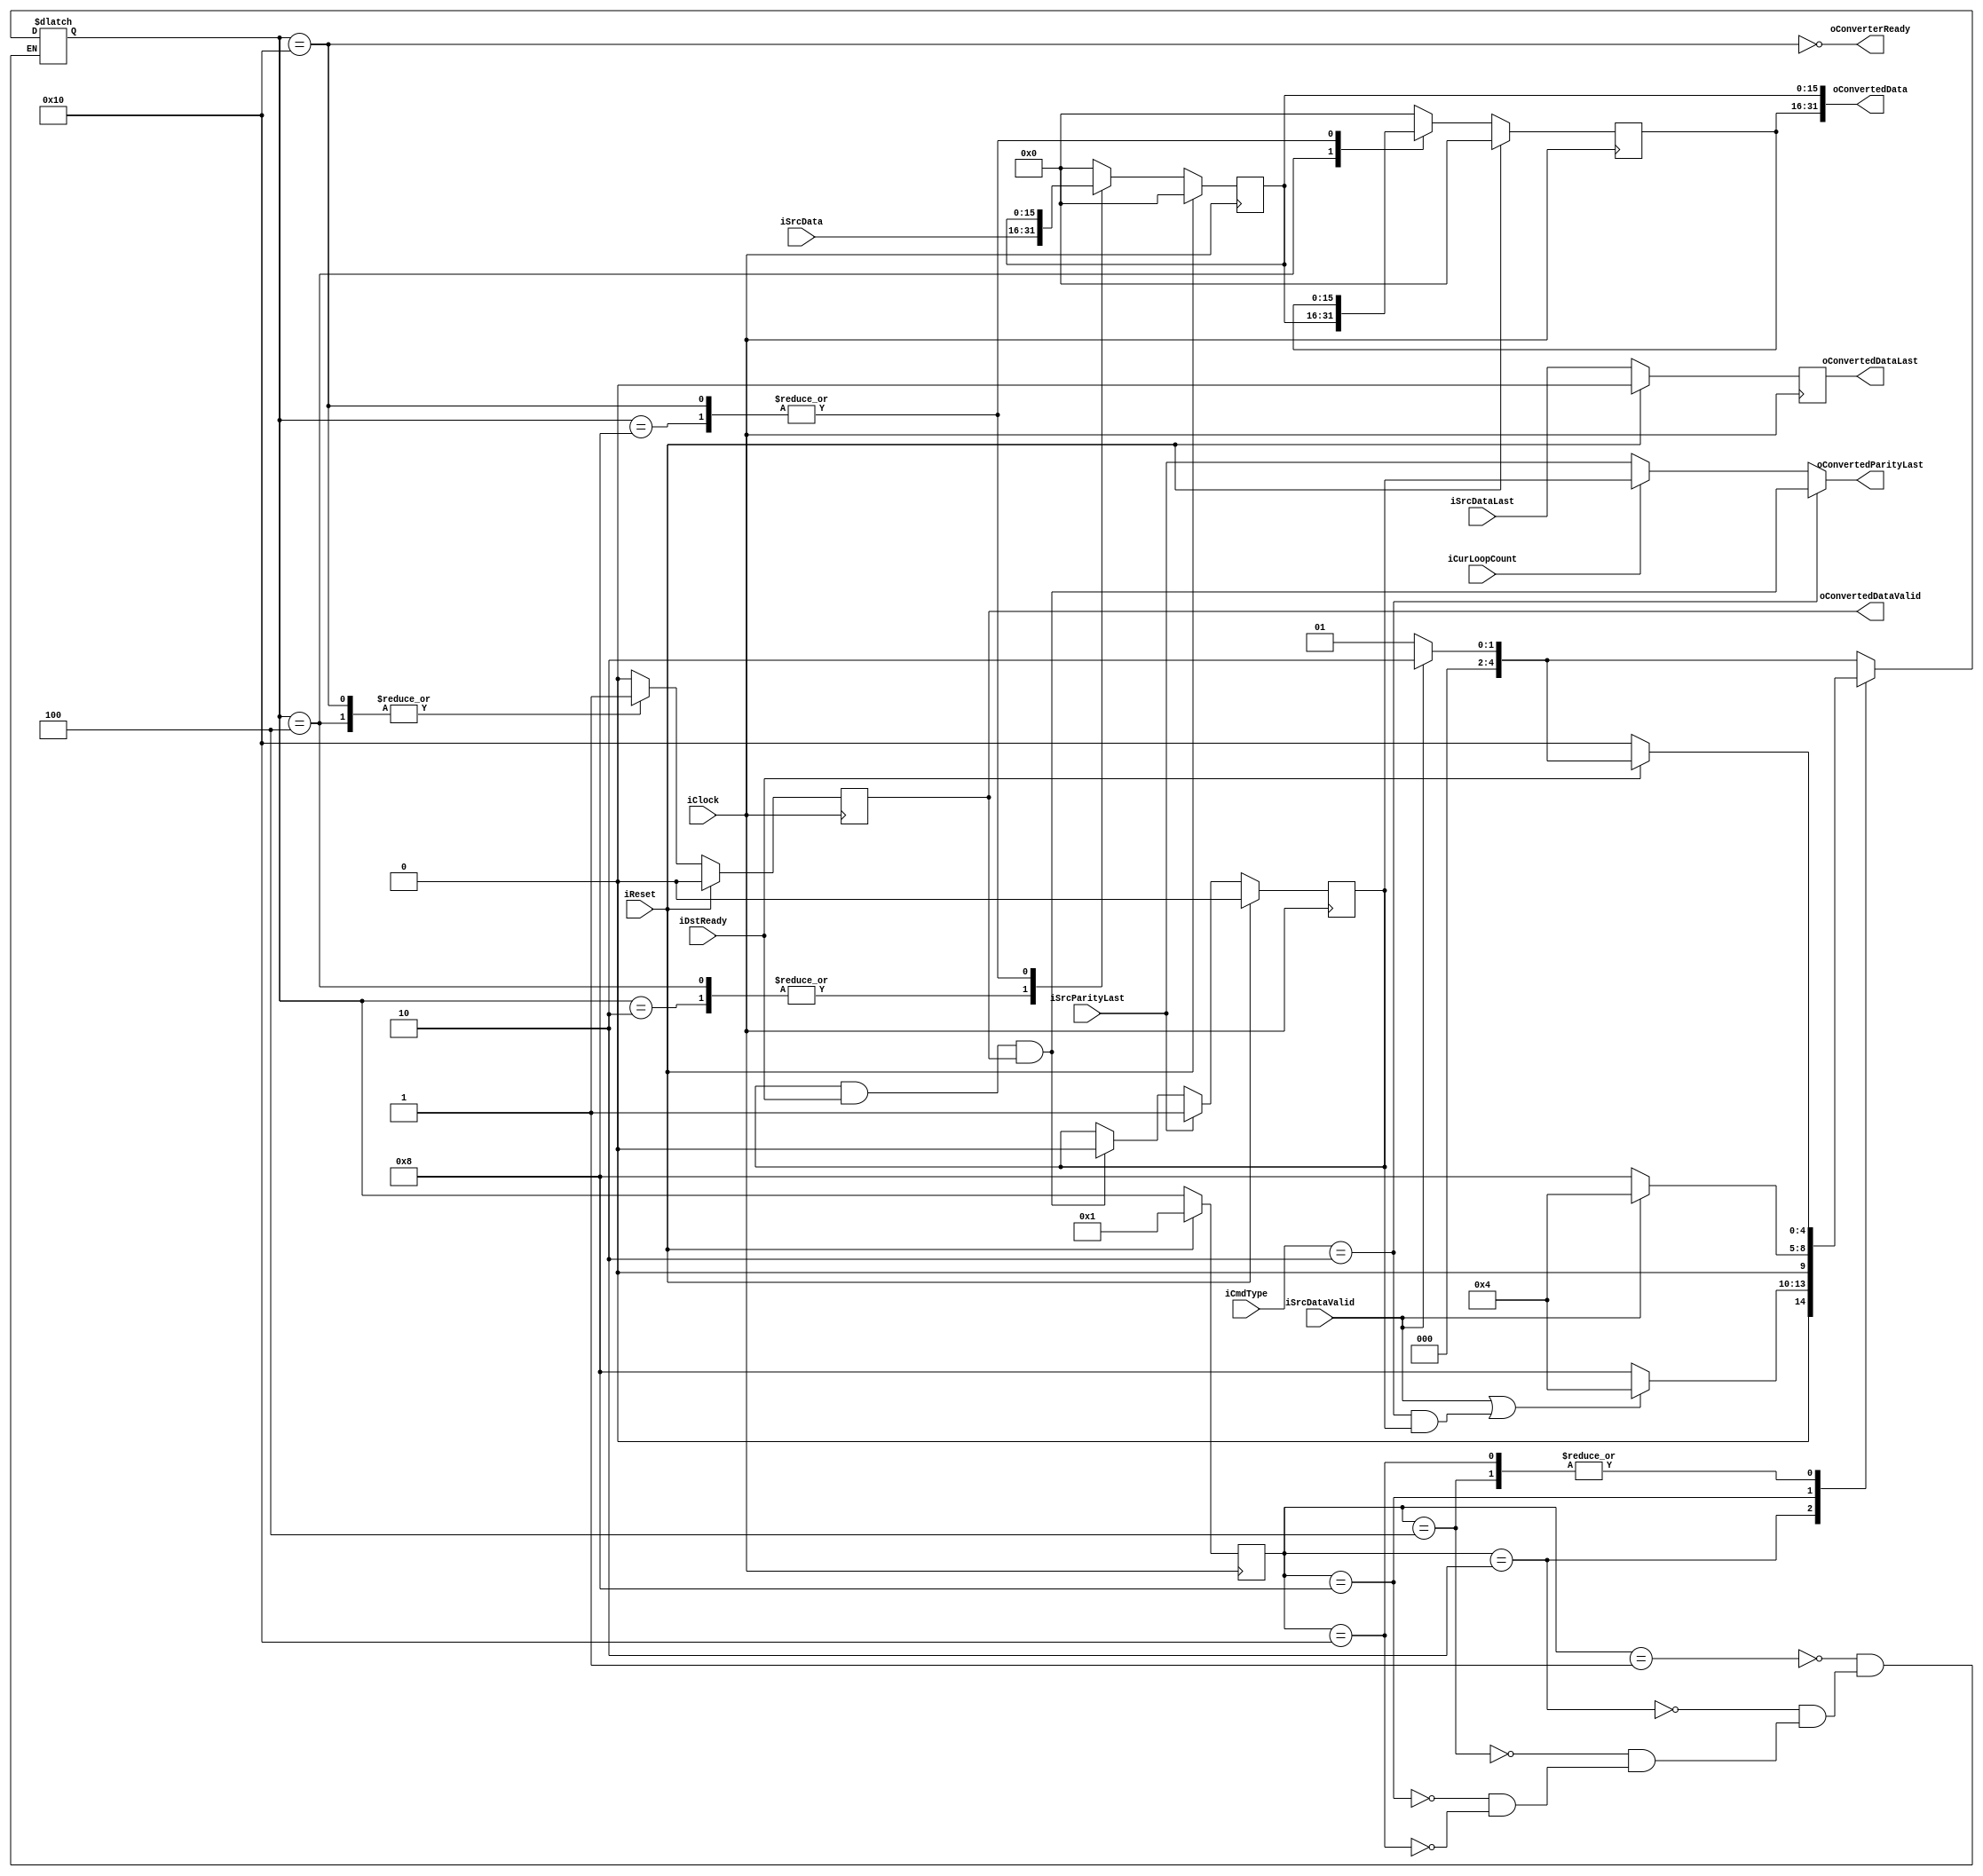
module EncWidthConverter16to32
#
(
    parameter   InputDataWidth  = 16,
    parameter   OutputDataWidth = 32
)
(
    iClock              ,
    iReset              ,
    iCurLoopCount       ,
    iCmdType            ,
    iSrcDataValid       ,
    iSrcDataLast        ,
    iSrcParityLast      ,
    iSrcData            ,
    oConverterReady     ,
    oConvertedDataValid ,
    oConvertedDataLast  ,
    oConvertedParityLast,
    oConvertedData      ,
    iDstReady       
);

    input                           iClock              ;
    input                           iReset              ;
    input                           iCurLoopCount       ;
    input   [1:0]                   iCmdType            ;
    input                           iSrcDataValid       ;
    input                           iSrcDataLast        ;
    input                           iSrcParityLast      ;
    input   [InputDataWidth - 1:0]  iSrcData            ;
    output                          oConverterReady     ;
    output                          oConvertedDataValid ;
    output                          oConvertedDataLast  ;
    output                          oConvertedParityLast;
    output  [OutputDataWidth - 1:0] oConvertedData      ;
    input                           iDstReady           ;
    
    reg     [InputDataWidth - 1:0]  rShiftRegister      ;
    reg     [InputDataWidth - 1:0]  rInputRegister      ;
    reg                             rConvertedDataValid ;
    reg                             rConvertedDataLast  ;
    reg                             rConvertedParityLast;
    
    localparam  State_Idle      = 5'b00001; 
    localparam  State_Input     = 5'b00010;
    localparam  State_Shift     = 5'b00100;
    localparam  State_InPause   = 5'b01000;
    localparam  State_OutPause  = 5'b10000;
    
    reg     [4:0]   rCurState;
    reg     [4:0]   rNextState;
    
    
    always @ (posedge iClock)
        if (iReset)
            rCurState <= State_Idle;
        else
            rCurState <= rNextState;
    
    always @ (*)
        case (rCurState)
        State_Idle:
            rNextState <= (iSrcDataValid) ? State_Input : State_Idle;
        State_Input:
            rNextState <= (iSrcDataValid) || ((iCmdType == 2'b10) && (rConvertedParityLast)) ? State_Shift : State_InPause;
        State_Shift:
            if (iDstReady)
            begin
                if (iSrcDataValid)
                    rNextState <= State_Input;
                else
                    rNextState <= State_Idle;
            end
            else
                rNextState <= State_OutPause;
        State_InPause:
            rNextState <= (iSrcDataValid) ? State_Shift : State_InPause;
        State_OutPause:
            if (iDstReady)
            begin
                if (iSrcDataValid)
                    rNextState <= State_Input;
                else
                    rNextState <= State_Idle;
            end
            else
                rNextState <= State_OutPause;
            
        endcase
       
    always @ (posedge iClock)
        if (iReset)
            begin
                rInputRegister <= 0;
                rShiftRegister <= 0;
            end
        else
            case (rNextState)
            State_Input:
                begin
                    rInputRegister <= iSrcData;
                    rShiftRegister <= 0;
                end
            State_Shift:
                begin
                    rInputRegister <= iSrcData;
                    rShiftRegister <= rInputRegister;
                end
            State_InPause:
                begin
                    rInputRegister <= rInputRegister;
                    rShiftRegister <= rShiftRegister;
                end
            State_OutPause:
                begin
                    rInputRegister <= rInputRegister;
                    rShiftRegister <= rShiftRegister;
                end
            default:
                begin
                    rInputRegister <= 0;
                    rShiftRegister <= 0;
                end
            endcase
        
    always @ (posedge iClock)
        if (iReset)
            rConvertedDataValid <= 0;
        else
            case (rNextState)
            State_Shift:
                rConvertedDataValid <= 1'b1;
            State_OutPause:
                rConvertedDataValid <= 1'b1;
            default:
                rConvertedDataValid <= 1'b0;
            endcase            
    
    always @ (posedge iClock)
        if (iReset)
            rConvertedParityLast <= 0;
        else
            if (iSrcParityLast)
                rConvertedParityLast <= 1'b1;
            else if (rConvertedParityLast & iDstReady & oConvertedDataValid)
                rConvertedParityLast <= 1'b0;
    
    always @ (posedge iClock)
        if (iReset)
            rConvertedDataLast <= 0;
        else
            rConvertedDataLast <= iSrcDataLast;
    
    assign oConvertedData = {rShiftRegister, rInputRegister};
    assign oConvertedDataValid = rConvertedDataValid;
    assign oConverterReady = !(rNextState == State_OutPause);
    assign oConvertedParityLast =   (iCmdType == 2'b10) ? rConvertedParityLast & iDstReady & oConvertedDataValid : 
                                    (iCurLoopCount)     ? rConvertedParityLast : iSrcParityLast;
    assign oConvertedDataLast = rConvertedDataLast;

endmodule